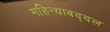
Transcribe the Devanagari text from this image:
महिन्याबद्दल